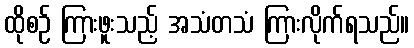
ထိုစဉ် ကြားဖူးသည့် အသံတသံ ကြားလိုက်ရသည်။